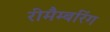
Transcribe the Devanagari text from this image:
रीमैम्बरिंग